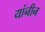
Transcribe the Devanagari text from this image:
यांनीन